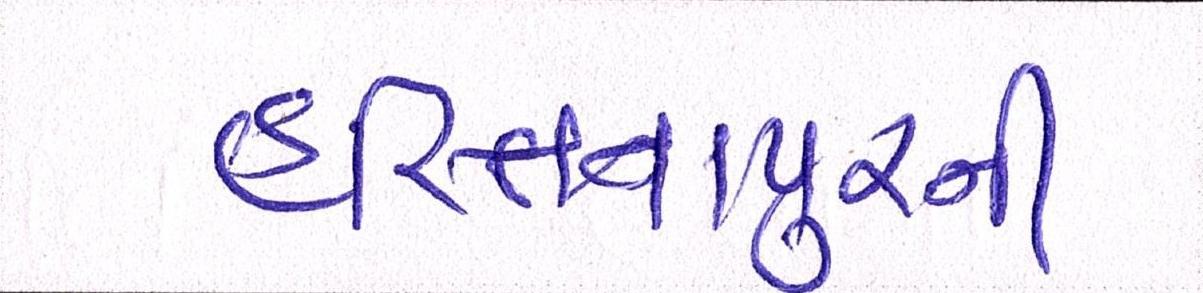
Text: હસ્તિનાપુરની